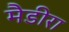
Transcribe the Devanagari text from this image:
मैडीरा